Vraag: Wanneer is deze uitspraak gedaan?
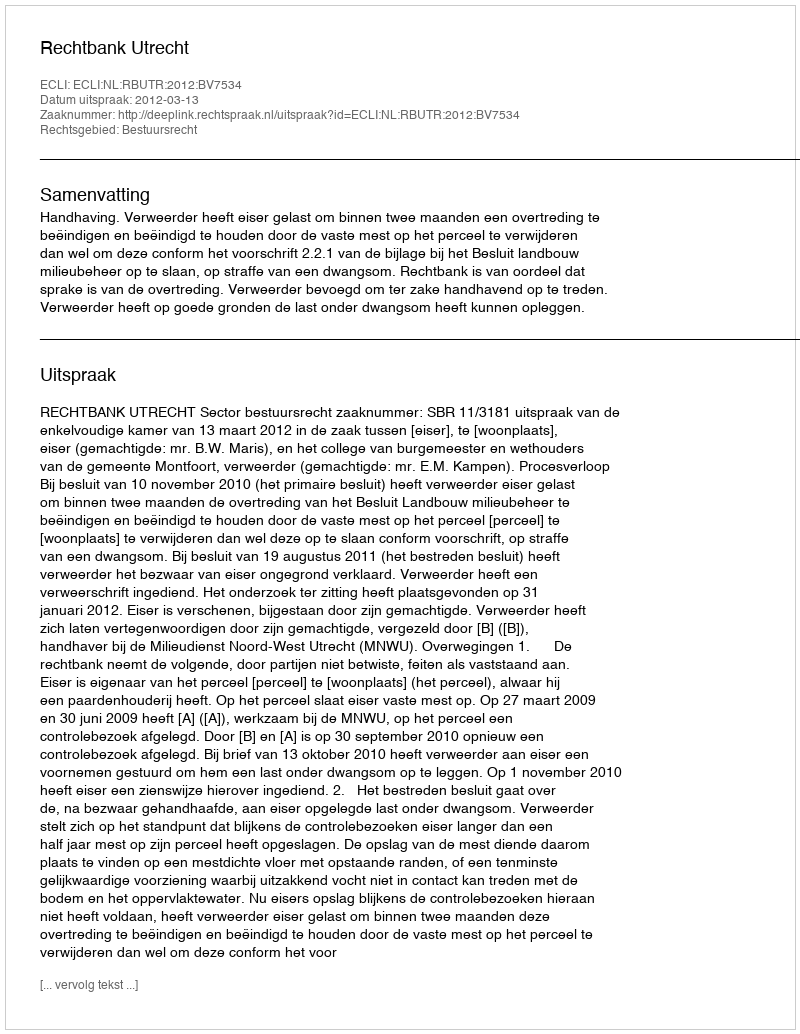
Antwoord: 2012-03-13